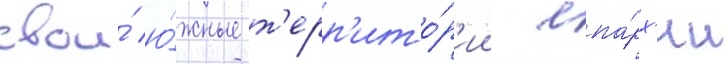
свои́ ю́жные т'ерр'ито́р'ии епа́рх'ии